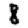
Digit: 8